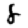
Digit: 8